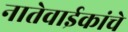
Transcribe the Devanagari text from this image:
नातेवाईकांचे